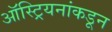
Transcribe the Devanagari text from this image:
ऑस्ट्रियनांकडून